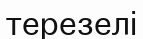
терезелі